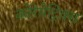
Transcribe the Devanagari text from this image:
कोरेमेट्रिक्स